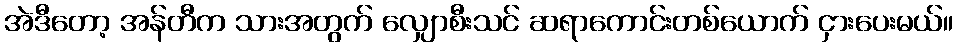
အဲဒီတော့ အန်တီက သားအတွက် လျှောစီးသင် ဆရာကောင်းတစ်ယောက် ငှားပေးမယ်။